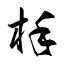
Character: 杽